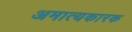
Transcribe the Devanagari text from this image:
अमात्यकारक